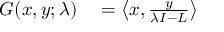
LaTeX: \begin{array} { r l } { G ( x , y ; \lambda ) } & { { } = \left\langle x , { \frac { y } { \lambda I - L } } \right\rangle } \end{array}